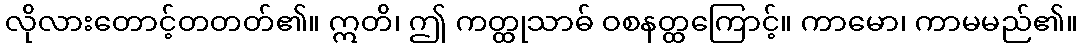
လိုလားတောင့်တတတ်၏။ ဣတိ၊ ဤ ကတ္ထုသာဓ် ဝစနတ္ထကြောင့်။ ကာမော၊ ကာမမည်၏။